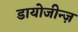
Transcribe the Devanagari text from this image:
डायोजीन्ज़